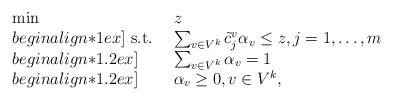
LaTeX: \begin{align*}\begin{array}{l l} \min & z\\begin{align*}1ex] \textnormal{ s.t. }& \sum_{v\in V^k} \tilde{c}_j^v \alpha_v \leq z,j=1,\ldots,m\\begin{align*}1.2ex] & \sum_{v\in V^k} \alpha_v=1 \\begin{align*}1.2ex] & \alpha_v\geq 0, v\in V^k,\end{array}\end{align*}